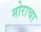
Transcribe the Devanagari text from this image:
मोराचा